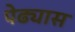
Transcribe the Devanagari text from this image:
पेढ्यास